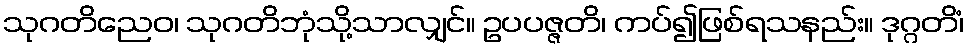
သုဂတိညေဝ၊ သုဂတိဘုံသို့သာလျှင်။ ဥပပဇ္ဇတိ၊ ကပ်၍ဖြစ်ရသနည်း။ ဒုဂ္ဂတိံ၊